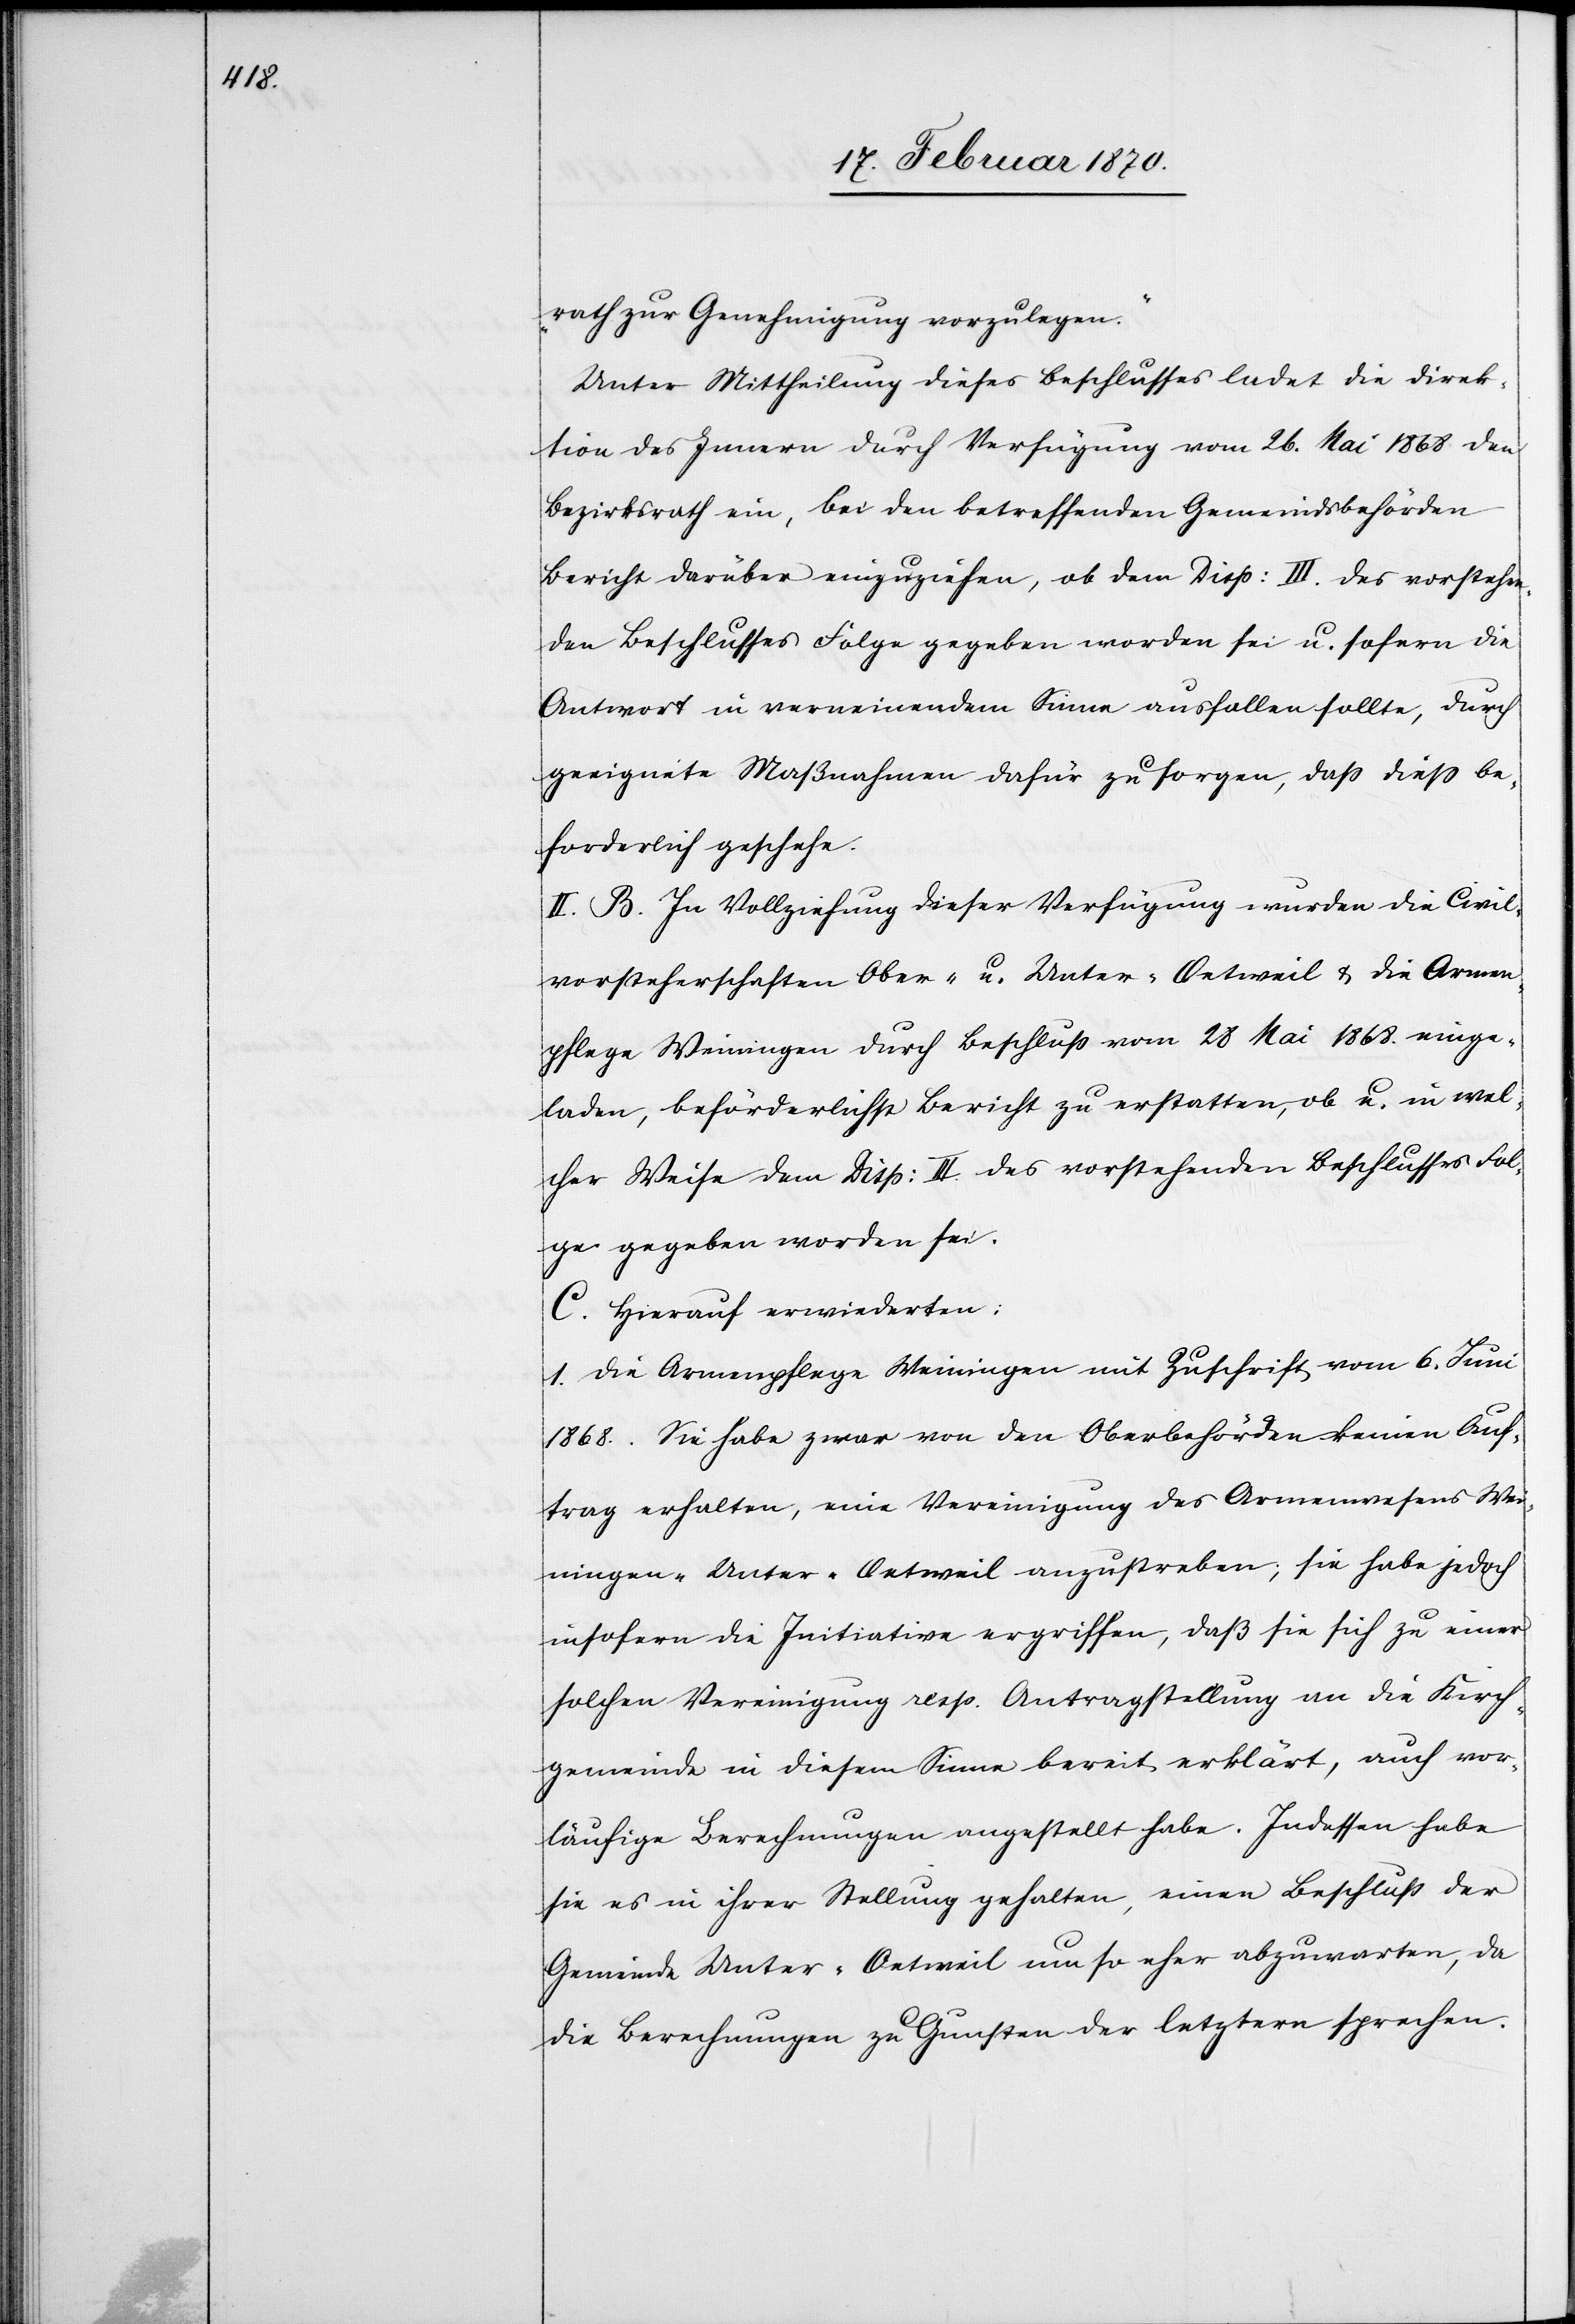
rath zur Genehmigung vorzulegen.“
Unter Mittheilung dieses Beschlusses ladet die Direk¬
tion des Innern durch Verfügung vom 26. Mai 1868 den
Bezirksrath ein, bei den betreffenden Gemeindsbehörden
Bericht darüber einzuziehen, ob dem Disp: III. des vorstehen¬
den Beschlusses Folge gegeben worden sei u. sofern die
Antwort in verneinendem Sinne ausfallen sollte, durch
geeignete Maßnahmen dafür zu sorgen, dass diess be¬
forderlich geschehe.
II. B. In Vollziehung dieser Verfügung wurden die Civil¬
vorsteherschaften Ober- u. Unter-Oetweil u. die Armen¬
pflege Weiningen durch Beschluss vom 28 Mai 1868. einge¬
laden, beförderlichst Bericht zu erstatten, ob u. in wel¬
cher Weise dem Disp: III des vorstehenden Beschlusses Fol¬
ge gegeben worden sei.
C. Hierauf erwiederten:
1. Die Armenpflege Weiningen mit Zuschrift vom 6. Juni
1868. Sie habe zwar von den Oberbehörden keinen Auf¬
trag erhalten, eine Vereinigung des Armenwesens Wei¬
ningen-Unter-Oetweil anzustreben; sie habe jedoch
insofern die Initiative ergriffen, daß sie sich zu einer
solchen Vereinigung resp. Antragstellung an die Kirch¬
gemeinde in diesem Sinne bereit erklärt, auch vor¬
läufige Berechnungen angestellt habe. Indessen habe
sie es in ihrer Stellung gehalten, einen Beschluss der
Gemeinde Unter-Oetweil um so eher abzuwarten, da
die Berechnungen zu Gunsten der letztern sprechen.